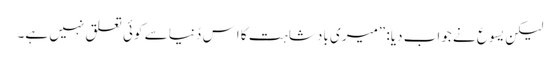
‏ لیکن یسوع نے جواب دیا:‏ ”‏میری بادشاہت کا اِس دُنیا سے کوئی تعلق نہیں ہے۔